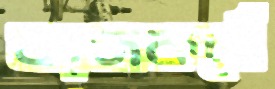
কাজকর্মে